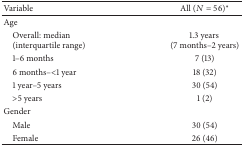
<table><thead><tr><td><b>Variable</b></td><td><b>All (<i>N</i> = 56)<sup><i>∗</i></sup></b></td></tr></thead><tbody><tr><td>Age</td><td> </td></tr><tr><td> Overall: median(interquartile range)</td><td>1.3 years (7 months–2 years)</td></tr><tr><td> 1–6 months</td><td>7 (13)</td></tr><tr><td> 6 months–&lt;1 year</td><td>18 (32)</td></tr><tr><td> 1 year–5 years</td><td>30 (54)</td></tr><tr><td> &gt;5 years</td><td>1 (2)</td></tr><tr><td>Gender</td><td> </td></tr><tr><td> Male</td><td>30 (54)</td></tr><tr><td> Female</td><td>26 (46)</td></tr></tbody></table>